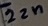
Text: 22n